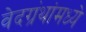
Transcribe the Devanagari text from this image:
वेदग्रंथांमध्ये